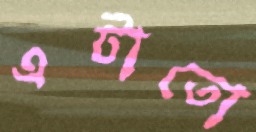
এটাতো